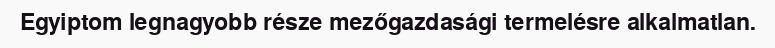
Egyiptom legnagyobb része mezőgazdasági termelésre alkalmatlan.